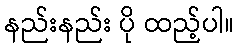
နည်းနည်း ပို ထည့်ပါ။